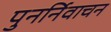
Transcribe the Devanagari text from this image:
पुनर्निवाचन